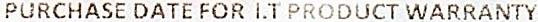
PURCHASE DATE FOR I.T PRODUCT WARRANTY